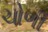
ચોળી